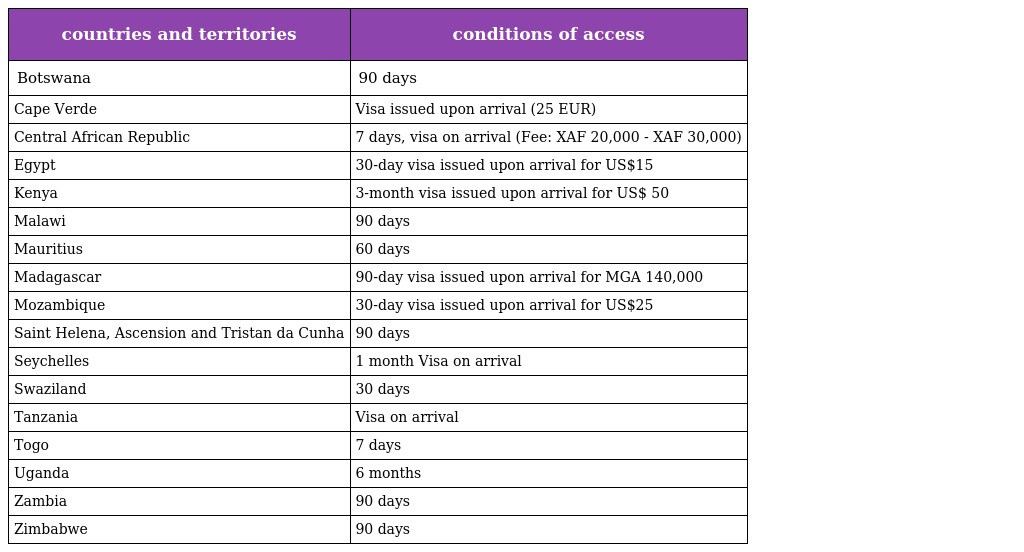
| countries and territories | conditions of access |
 | --- | --- |
 | Botswana | 90 days |
 | Cape Verde | Visa issued upon arrival (25 EUR) |
 | Central African Republic | 7 days, visa on arrival (Fee: XAF 20,000 - XAF 30,000) |
 | Egypt | 30-day visa issued upon arrival for US$15 |
 | Kenya | 3-month visa issued upon arrival for US$ 50 |
 | Malawi | 90 days |
 | Mauritius | 60 days |
 | Madagascar | 90-day visa issued upon arrival for MGA 140,000 |
 | Mozambique | 30-day visa issued upon arrival for US$25 |
 | Saint Helena, Ascension and Tristan da Cunha | 90 days |
 | Seychelles | 1 month Visa on arrival |
 | Swaziland | 30 days |
 | Tanzania | Visa on arrival |
 | Togo | 7 days |
 | Uganda | 6 months |
 | Zambia | 90 days |
 | Zimbabwe | 90 days |